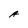
Character: A